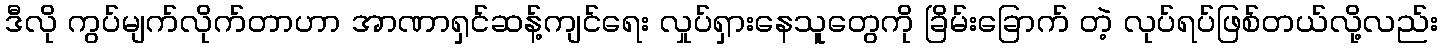
ဒီလို ကွပ်မျက်လိုက်တာဟာ အာဏာရှင်ဆန့်ကျင်ရေး လှုပ်ရှားနေသူတွေကို ခြိမ်းခြောက် တဲ့ လုပ်ရပ်ဖြစ်တယ်လို့လည်း